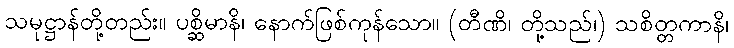
သမုဋ္ဌာန်တို့တည်း။ ပစ္ဆိမာနိ၊ နောက်ဖြစ်ကုန်သော။ (တီဏိ၊ တို့သည်၊) သစိတ္တကာနိ၊